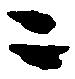
ニ